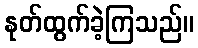
နုတ်ထွက်ခဲ့ကြသည်။